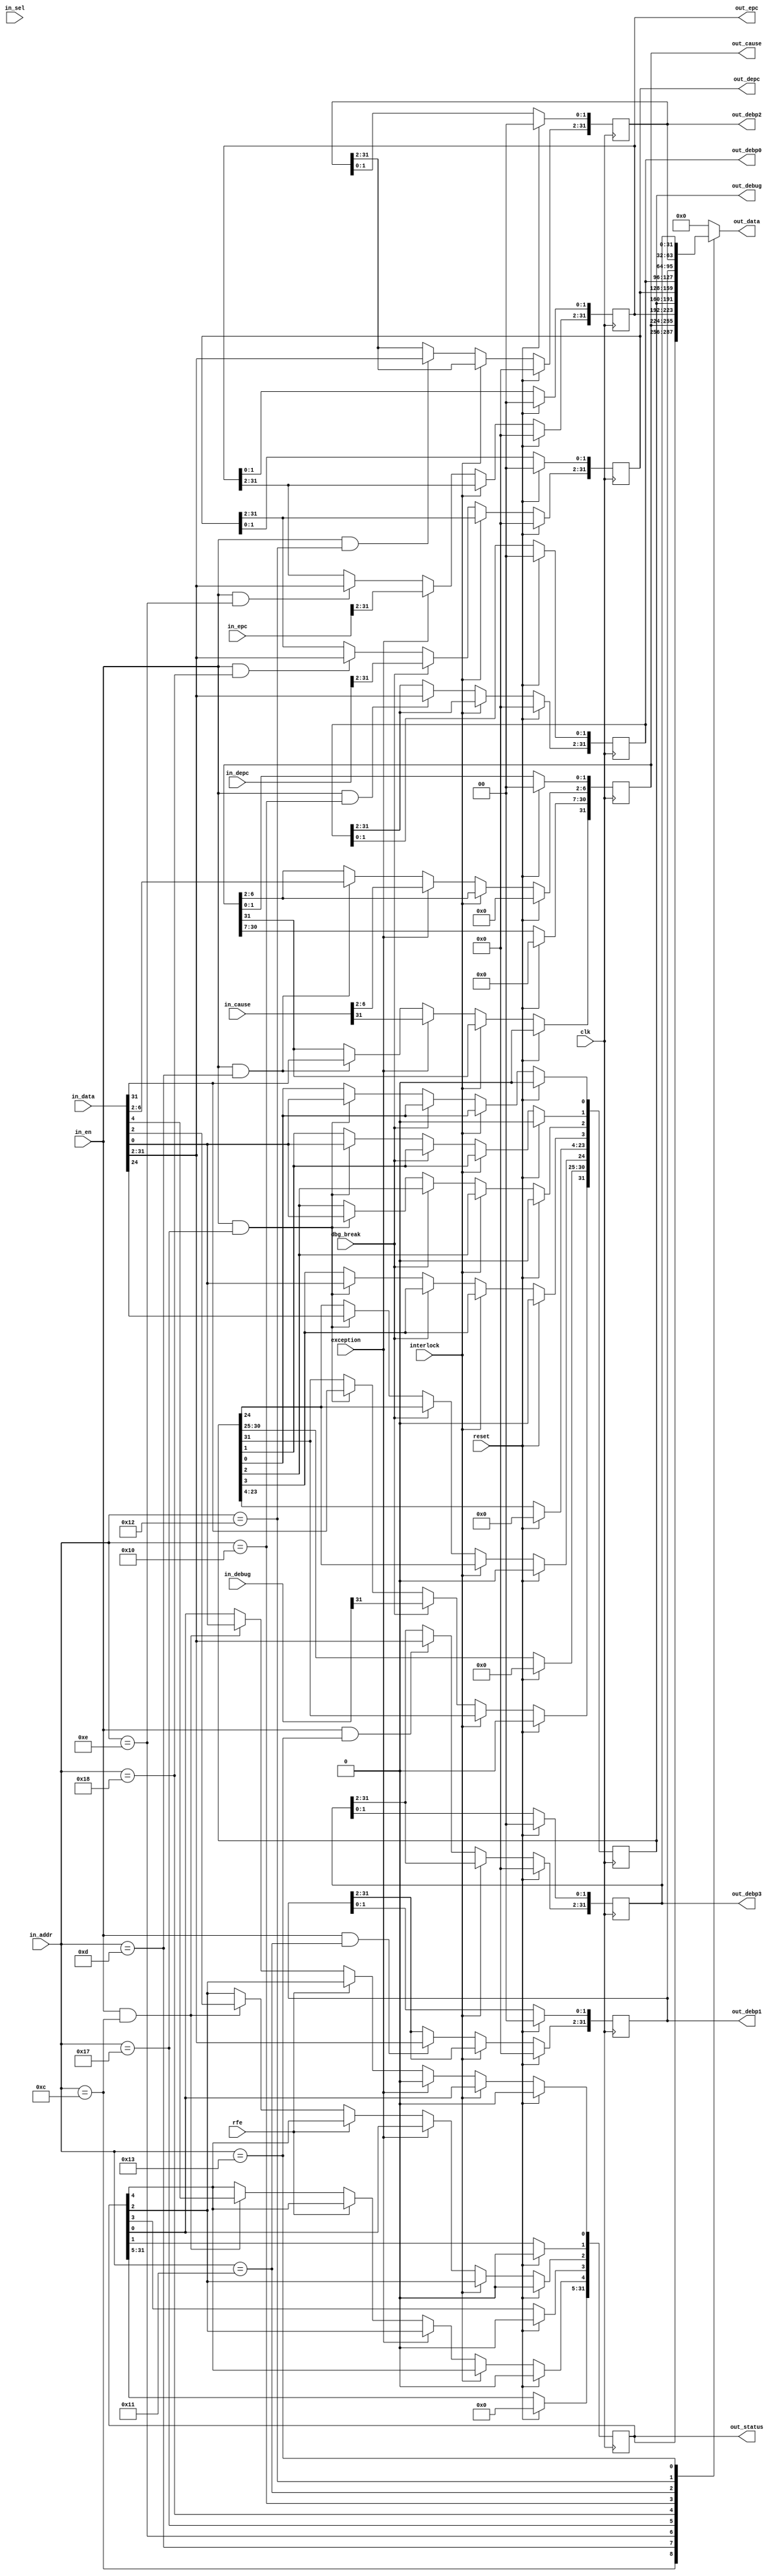
// This program was cloned from: https://github.com/ryuz/jelly
// License: MIT License

// ---------------------------------------------------------------------------
//  Jelly  -- the soft-core processor system
//    MIPS like CPU core
//
//                                  Copyright (C) 2008-2010 by Ryuz
//                                  https://github.com/ryuz/jelly.git
// ---------------------------------------------------------------------------



`timescale       1ns / 1ps
`default_nettype none



module jelly_cpu_cop0
    #(
        parameter                   DBBP_NUM = 4        // hardware breakpoints num
    )
    (
        input   wire                clk,
        input   wire                reset,

        input   wire                interlock,
        
        input   wire                in_en,
        input   wire    [4:0]       in_addr,
        input   wire    [2:0]       in_sel,
        input   wire    [31:0]      in_data,
        
        output  reg     [31:0]      out_data,
        
        input   wire                exception,
        input   wire                rfe,
        input   wire                dbg_break,
        
        input   wire    [31:0]      in_cause,
        input   wire    [31:0]      in_epc,
        input   wire    [31:0]      in_debug,
        input   wire    [31:0]      in_depc,
        
        output  wire    [31:0]      out_status,
        output  wire    [31:0]      out_cause,
        output  wire    [31:0]      out_epc,
        output  wire    [31:0]      out_debug,
        output  wire    [31:0]      out_depc,
        
        output  wire    [31:0]      out_debp0,
        output  wire    [31:0]      out_debp1,
        output  wire    [31:0]      out_debp2,
        output  wire    [31:0]      out_debp3
    );
    
    // register
    reg     [31:0]  reg_status;     // 12
    reg     [31:0]  reg_cause;      // 13
    reg     [31:0]  reg_epc;        // 14
    reg     [31:0]  reg_debug;      // 23
    reg     [31:0]  reg_depc;       // 24
    
    reg     [31:0]  reg_debp0;      // 16
    reg     [31:0]  reg_debp1;      // 17
    reg     [31:0]  reg_debp2;      // 18
    reg     [31:0]  reg_debp3;      // 19
    
    
    always @ ( posedge clk ) begin
        if ( reset ) begin
            reg_status <= {32{1'b0}};
            reg_cause  <= {32{1'b0}};
            reg_epc    <= {32{1'b0}};
            reg_debug  <= {32{1'b0}};
            reg_depc   <= {32{1'b0}};
            reg_debp0  <= {32{1'b0}};
            reg_debp1  <= {32{1'b0}};
            reg_debp2  <= {32{1'b0}};
            reg_debp3  <= {32{1'b0}};
        end
        else begin
            if ( !interlock ) begin
                // status (12)
                if ( exception ) begin
                    reg_status[0] <= 1'b0;
                    reg_status[2] <= reg_status[0];
                    reg_status[4] <= reg_status[2];
                end
                else if ( rfe ) begin
                    reg_status[0] <= reg_status[2];
                    reg_status[2] <= reg_status[4];
                end
                else if ( in_en & (in_addr == 5'd12) ) begin
                    reg_status[0] <= in_data[0];
                    reg_status[2] <= in_data[2]; 
                    reg_status[4] <= in_data[4];
                end

                // cause (13)
                if ( exception ) begin
                    reg_cause[31]  <= in_cause[31];     // BD
                    reg_cause[6:2] <= in_cause[6:2];    // ExcCode
                end
                else if ( in_en & (in_addr == 5'd13) ) begin
                    reg_cause[31]  <= in_data[31];      // BD
                    reg_cause[6:2] <= in_data[6:2];     // ExcCode
                end
                
                // epc (14)
                if ( exception ) begin
                    reg_epc[31:2] <= in_epc[31:2];
                end
                else if ( in_en & (in_addr == 5'd14) ) begin
                    reg_epc[31:2] <= in_data[31:2];
                end
                
                // debug (23)
                if ( dbg_break ) begin
                    reg_debug[31] <= in_debug[31];
                end
                else if ( in_en & (in_addr == 5'd23) ) begin
                    reg_debug[31] <= in_data[31];                   // BD
                    reg_debug[24] <= in_data[24];                   // Step Break
                    reg_debug[3]  <= in_data[0] & (DBBP_NUM >= 4);  // BP3 enable bit
                    reg_debug[2]  <= in_data[0] & (DBBP_NUM >= 3);  // BP2 enable bit
                    reg_debug[1]  <= in_data[0] & (DBBP_NUM >= 2);  // BP1 enable bit
                    reg_debug[0]  <= in_data[0] & (DBBP_NUM >= 1);  // BP0 enable bit
                end
                
                // deepc (24)
                if ( dbg_break ) begin
                    reg_depc[31:2] <= in_depc[31:2];
                end
                else if ( in_en & (in_addr == 5'd24) ) begin
                    reg_depc[31:2] <= in_data[31:2];
                end
                
                // debp
                if ( in_en & (in_addr == 5'd16) & (DBBP_NUM >= 1) ) begin
                    reg_debp0[31:2] <= in_data[31:2];
                end
                if ( in_en & (in_addr == 5'd17) & (DBBP_NUM >= 2) ) begin
                    reg_debp1[31:2] <= in_data[31:2];
                end
                if ( in_en & (in_addr == 5'd18) & (DBBP_NUM >= 3) ) begin
                    reg_debp2[31:2] <= in_data[31:2];
                end
                if ( in_en & (in_addr == 5'd19) & (DBBP_NUM >= 4) ) begin
                    reg_debp3[31:2] <= in_data[31:2];
                end
            end
        end
    end
    
    // output
    always @* begin
        case ( in_addr )
        5'd12:      out_data <= reg_status;
        5'd13:      out_data <= reg_cause;
        5'd14:      out_data <= reg_epc;
        5'd23:      out_data <= reg_debug;
        5'd24:      out_data <= reg_depc;
        5'd16:      out_data <= reg_debp0;
        5'd17:      out_data <= reg_debp1;
        5'd18:      out_data <= reg_debp2;
        5'd19:      out_data <= reg_debp3;
        default:    out_data <= {32{1'b0}};
        endcase
    end
    
    assign out_status = reg_status;
    assign out_cause  = reg_cause;
    assign out_epc    = reg_epc;
    assign out_debug  = reg_debug;
    assign out_depc   = reg_depc;

    assign out_debp0  = reg_debp0;
    assign out_debp1  = reg_debp1;
    assign out_debp2  = reg_debp2;
    assign out_debp3  = reg_debp3;
    
endmodule



`default_nettype wire



// end of file